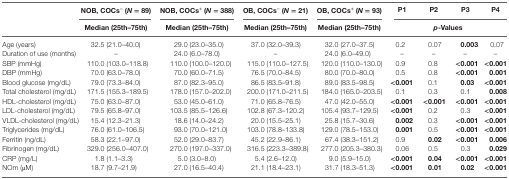
<table><thead><tr><td rowspan="3"></td><td><b>NOB, COCs<sup>−</sup> (<i>N</i> = 89)</b></td><td><b>NOB, COCs<sup>+</sup> (<i>N</i> = 388)</b></td><td><b>OB, COCs<sup>−</sup> (<i>N</i> = 21)</b></td><td><b>OB, COCs<sup>+</sup> (<i>N</i> = 93)</b></td><td><b>P1</b></td><td><b>P2</b></td><td><b>P3</b></td><td><b>P4</b></td></tr><tr><td><b>Median (25th–75th)</b></td><td><b>Median (25th–75th)</b></td><td><b>Median (25th–75th)</b></td><td><b>Median (25th–75th)</b></td><td colspan="4"><b><i>p</i>-Values</b></td></tr></thead><tbody><tr><td>Age (years)</td><td>32.5 (21.0–40.0)</td><td>29.0 (23.0–35.0)</td><td>37.0 (32.0–39.3)</td><td>32.0 (27.0–37.5)</td><td>0.2</td><td>0.07</td><td><b>0.003</b></td><td>0.07</td></tr><tr><td>Duration of use (months)</td><td>–</td><td>24.0 (6.0–78.0)</td><td>–</td><td>24.0 (6.0–49.0)</td><td>–</td><td>–</td><td>–</td><td>–</td></tr><tr><td>SBP (mmHg)</td><td>110.0 (103.0–118.8)</td><td>110.0 (100.0–120.0)</td><td>115.0 (110.0–127.5)</td><td>120.0 (110.0–130.0)</td><td>0.9</td><td>0.8</td><td><b>&lt;0.001</b></td><td><b>&lt;0.001</b></td></tr><tr><td>DBP (mmHg)</td><td>70.0 (63.0–78.0)</td><td>70.0 (60.0–71.5)</td><td>76.5 (70.0–84.5)</td><td>80.0 (70.0–80.0)</td><td>0.5</td><td>0.8</td><td><b>&lt;0.001</b></td><td><b>0.001</b></td></tr><tr><td>Blood glucose (mg/dL)</td><td>79.0 (73.3–84.0)</td><td>87.0 (82.3–95.0)</td><td>86.5 (83.5–91.8)</td><td>89.0 (83.5–98.5)</td><td><b>&lt;0.001</b></td><td>0.1</td><td><b>0.03</b></td><td><b>&lt;0.001</b></td></tr><tr><td>Total cholesterol (mg/dL)</td><td>171.5 (155.3–189.5)</td><td>178.0 (157.0–202.0)</td><td>200.0 (171.0–211.5)</td><td>184.0 (165.0–203.5)</td><td>0.1</td><td>0.3</td><td>0.1</td><td><b>0.008</b></td></tr><tr><td>HDL-cholesterol (mg/dL)</td><td>75.0 (63.0–87.0)</td><td>53.0 (45.0–61.0)</td><td>71.0 (65.8–76.5)</td><td>47.0 (42.0–55.0)</td><td><b>&lt;0.001</b></td><td><b>&lt;0.001</b></td><td><b>&lt;0.001</b></td><td><b>&lt;0.001</b></td></tr><tr><td>LDL-cholesterol (mg/dL)</td><td>79.5 (65.8–97.0)</td><td>103.5 (85.5–126.6)</td><td>102.8 (67.3–120.2)</td><td>105.4 (93.7–129.5)</td><td><b>&lt;0.001</b></td><td>0.2</td><td>0.3</td><td><b>&lt;0.001</b></td></tr><tr><td>VLDL-cholesterol (mg/dL)</td><td>15.4 (12.3–21.3)</td><td>18.6 (14.0–24.2)</td><td>20.0 (15.5–25.1)</td><td>25.8 (15.7–30.6)</td><td><b>0.002</b></td><td>0.3</td><td><b>&lt;0.001</b></td><td><b>&lt;0.001</b></td></tr><tr><td>Triglycerides (mg/dL)</td><td>76.0 (61.0–106.5)</td><td>93.0 (70.0–121.0)</td><td>103.0 (78.8–133.8)</td><td>129.0 (78.5–153.0)</td><td><b>0.001</b></td><td>0.5</td><td><b>&lt;0.001</b></td><td><b>&lt;0.001</b></td></tr><tr><td>Ferritin (ng/dL)</td><td>58.3 (22.1–97.0)</td><td>52.0 (29.0–83.7)</td><td>45.2 (22.9–86.1)</td><td>67.4 (38.3–151.2)</td><td>0.9</td><td><b>0.02</b></td><td><b>&lt;0.001</b></td><td><b>0.006</b></td></tr><tr><td>Fibrinogen (mg/dL)</td><td>329.0 (256.0–407.0)</td><td>270.0 (197.0–337.0)</td><td>316.5 (223.3–389.8)</td><td>277.0 (205.3–380.3)</td><td>0.06</td><td>0.5</td><td>0.3</td><td><b>0.029</b></td></tr><tr><td>CRP (mg/L)</td><td>1.8 (1.1–3.3)</td><td>5.0 (3.0–8.0)</td><td>5.4 (2.6–12.0)</td><td>9.0 (5.9–15.0)</td><td><b>&lt;0.001</b></td><td><b>0.04</b></td><td><b>&lt;0.001</b></td><td><b>&lt;0.001</b></td></tr><tr><td>NOm (μM)</td><td>18.7 (9.7–21.9)</td><td>27.0 (16.5–40.4)</td><td>21.1 (18.4–23.1)</td><td>31.7 (18.3–51.3)</td><td><b>&lt;0.001</b></td><td><b>0.01</b></td><td><b>0.02</b></td><td><b>&lt;0.001</b></td></tr></tbody></table>